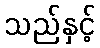
သည်နှင့်